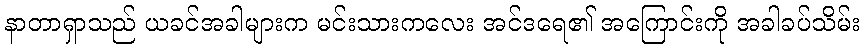
နာတာရှာသည် ယခင်အခါများက မင်းသားကလေး အင်ဒရေ၏ အကြောင်းကို အခါခပ်သိမ်း